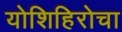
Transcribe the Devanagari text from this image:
योशिहिरोचा